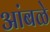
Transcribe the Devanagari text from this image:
आंबळे